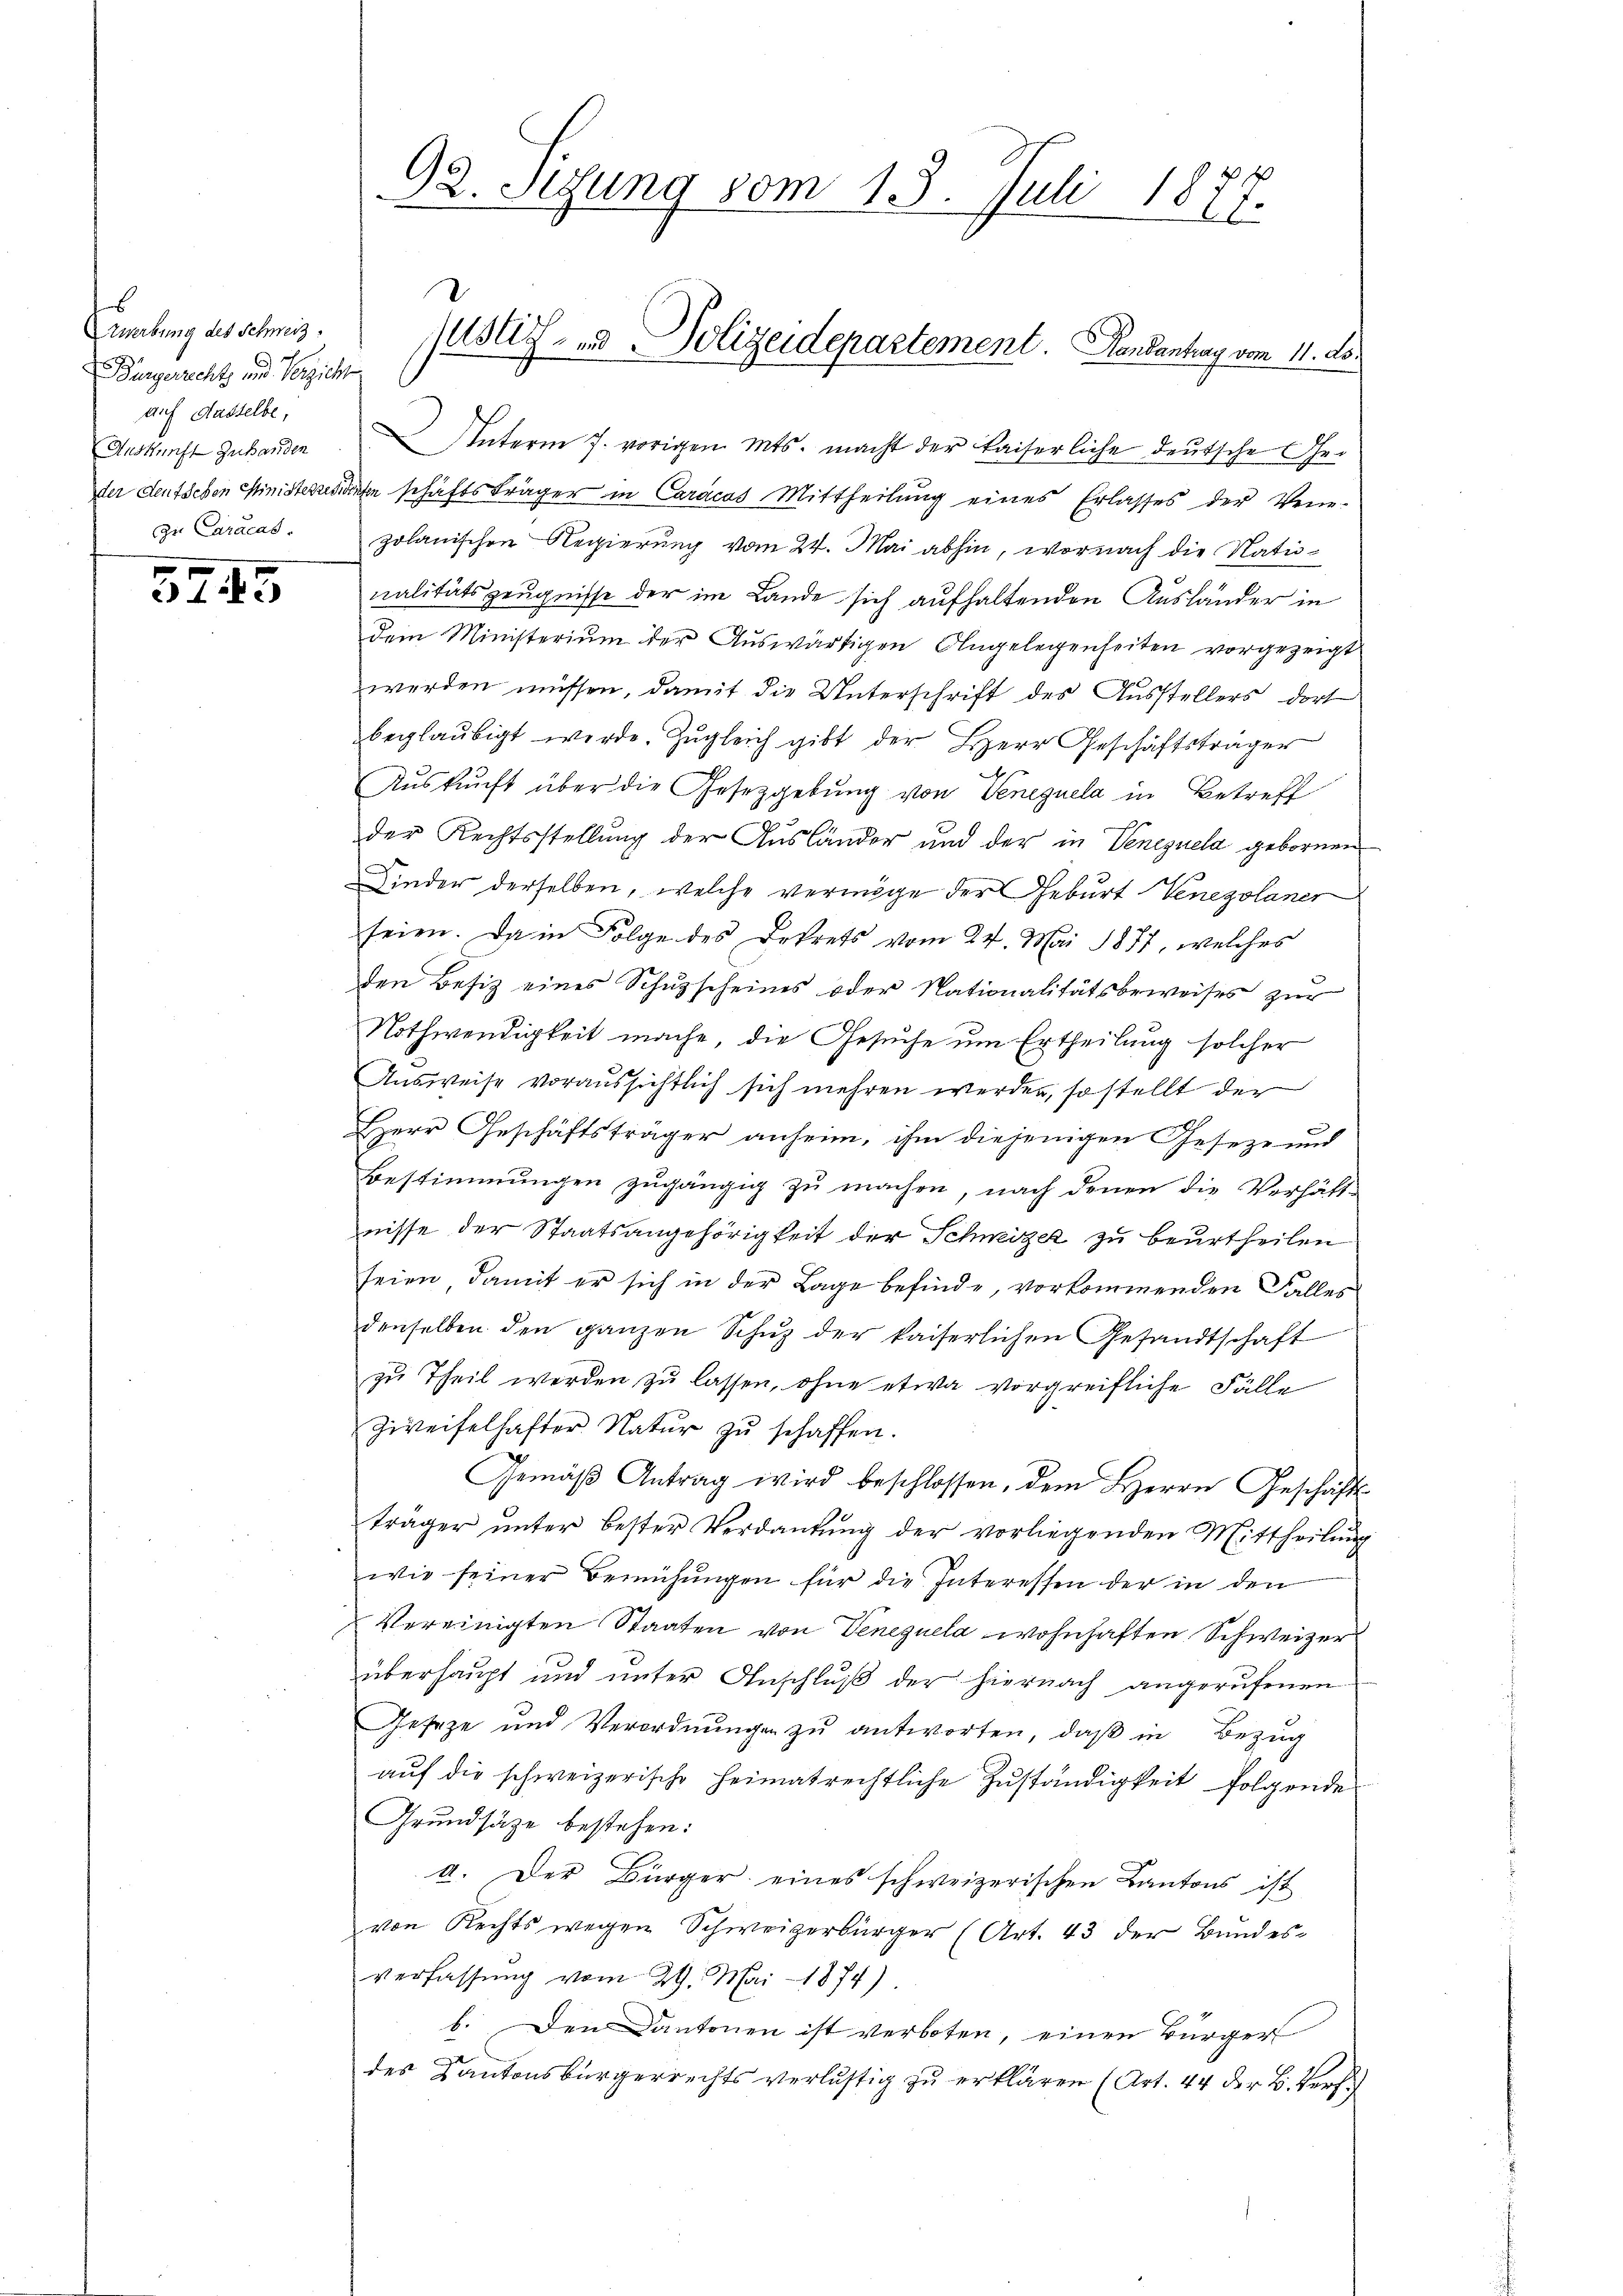
x
Anerbung des Schweiz.
Burgerrechts und Verzicht
auf Hasselbe,
Auskunft zuhanden
zu Caracas.

3745

92. Segung vom 13. Juli 1877.

Interm 7. vorigen Mts. macht der kaiserliche deutsche Ehe-
der deutschen Ministerredeten schäftsträger in Caracas Mittheilŭng eines Erlasses der Ver-
polanischen Regierung vom 24. Mai abhin, wornach die Natunalitätszeugnisse der im Lande sich aufhaltenden Ausländer in
Dem Ministerium der Auswärtigen Angelegenheiten vorgezeigt
werden müssen, damit die Unterschrift des Ausstellers dort
beglaubigt werde. Zŭgleich gibt der Herr Geschäftsträger
Auskunft über die Gesetzgebung von Venequela in Betreff
der Rechtsstellung der Ausländer und der in Venezuela gebornen
Kinder derselben, welche vermöge der Geburt Venezolaner
seien. Da in Folge des Dekrets vom 24. Mai 1877, welches
den Besiz eines Schupscheines oder Nationalitätsbeweises zur
Nothwendigkeit mache, die Gesuche um Ertheilung solcher
Ausweise voraussichtlich sich mehren werden, so stellt der
Herr Geschäftsträger anheim, ihm diejenigen Geseze und
Bestimmungen zugängig zu machen, nach denen die Verhältnisse der Staatsangehörigkeit der Schweizer zu beurtheilen
seien, damit er sich in der Lage befinde, vorkommenden Falles
denselben den ganzen Schŭz der kaiserlichen Gesandtschaft
zŭ Theil werden zŭ lassen, ohne etwa vorgreifliche Fälle
Zweifelhafter Natŭr zŭ schaffen.
Gemäß Antrag wird beschlossen, dem Herrn Geschäfts-
träger unter bester Verdankŭng der vorliegenden Mittheilung
wie seiner Bemühungen für die Interessen der in den
Vereinigten Staaten von Venezuela wohnhaften Schweizer
überhaupt und unter Anschluß der hiernach angerufenen
Geseze und Verordnŭngen zu antworten, daß in Bezug
auf die schweizerische heimatrechtliche Zuständigkeit folgende
Grundsätze bestehen:
a. Der Bürger eines schweizerischen Kantons ist
von Rechts wegen Schweizerbürger (Art. 43 der Bundesverfassŭng vom 29. Mai 1874)
b. Den Cantonen ist verboten, einen Bürger
des Kantonsbürgerrechts verlustig zu erklären (Art. 44 der B. Vors

Justiz- u Polizeidepartement. Kantantrag vom 11. ds.